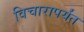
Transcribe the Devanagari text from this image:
विचारापर्यंत